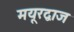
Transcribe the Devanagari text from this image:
मयूरद्वाज